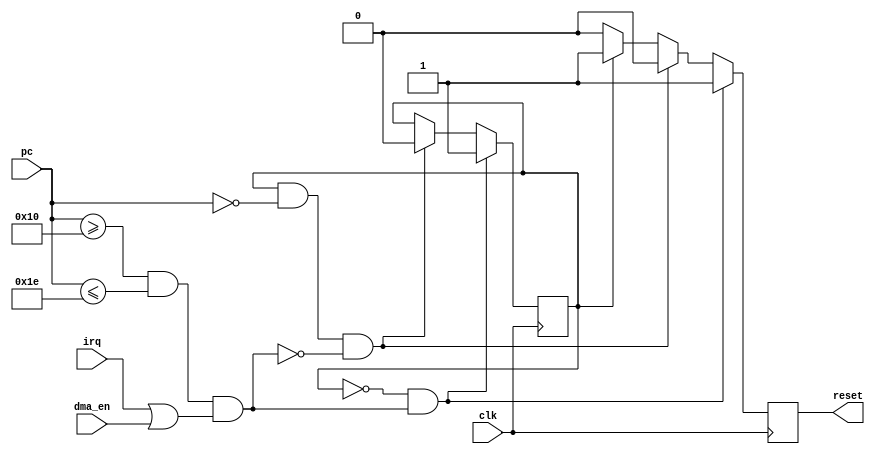

module  irq_detect (
    clk,
    pc,
	irq,
	dma_en,

    reset
);
input           clk;
input   [15:0]  pc;
input			irq;
input			dma_en;

output          reset;

// MACROS ///////////////////////////////////////////
parameter PROTECTED_BASE = 16'h0010;
parameter PROTECTED_SIZE = 16'h0010;
/////////////////////////////////////////////////////



parameter LAST_PROTECTED_ADDR = PROTECTED_BASE + PROTECTED_SIZE - 2;

parameter RESET_HANDLER = 16'h0000;
parameter RUN  = 1'b0, KILL = 1'b1;
//-------------Internal Variables---------------------------
reg             state;
reg             key_res;
//

initial
    begin
        state = KILL;
        key_res = 1'b1;
    end

wire is_in_protected = pc >= PROTECTED_BASE && pc <= LAST_PROTECTED_ADDR;

wire invalid_irq = is_in_protected && (irq || dma_en);

always @(posedge clk)
if( state == RUN && invalid_irq) 
    state <= KILL;
else if (state == KILL && pc == RESET_HANDLER && !invalid_irq)
    state <= RUN;
else state <= state;

always @(posedge clk)
if (state == RUN && invalid_irq)
    key_res <= 1'b1;
else if (state == KILL && pc == RESET_HANDLER && !invalid_irq)
    key_res <= 1'b0;
else if (state == KILL)
    key_res <= 1'b1;
else if (state == RUN)
    key_res <= 1'b0;
else key_res <= 1'b0;

assign reset = key_res;

endmodule